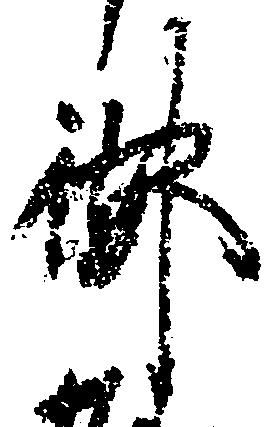
御